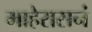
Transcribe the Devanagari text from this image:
माहेरासनं